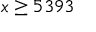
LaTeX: x \geq 5 3 9 3